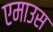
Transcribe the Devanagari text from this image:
एमाउस